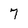
Character: 7